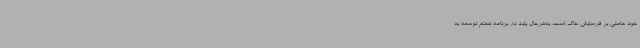
خود عاملی بر فرسایش خاک است. به‌هرحال باید در برنامه هفتم توسعه به